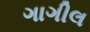
ગાગીલ